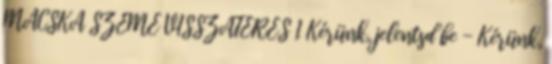
MACSKA SZEME VISSZATÉRÉS 1 Kérünk, jelentsd be - Kérünk,